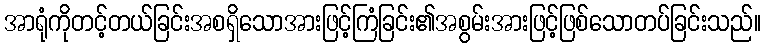
အာရုံကိုတင့်တယ်ခြင်းအစရှိသောအားဖြင့်ကြံခြင်း၏အစွမ်းအားဖြင့်ဖြစ်သောတပ်ခြင်းသည်။